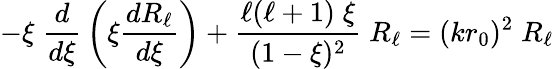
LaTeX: -\xi\; {\frac{d}{d\xi}}\left(\xi{\frac{dR_{\ell}}{d\xi}}\right)+{\frac{\ell(\ell+1)\; \xi}{(1-\xi)^{2}}}\; R_{\ell}=(kr_{0})^{2}\; R_{\ell}